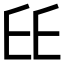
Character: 𠂩